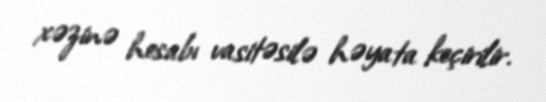
xəzinə hesabı vasitəsilə həyata keçirilir.